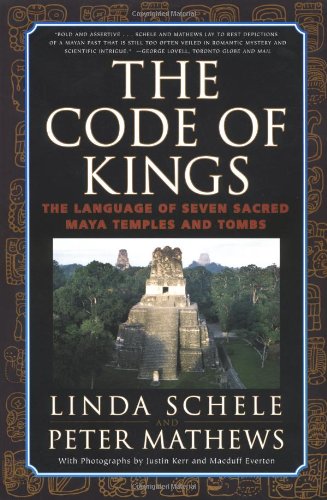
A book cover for The Code of Kings: The Language of Seven Sacred Maya Temples and Tombs; Linda Schele; History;